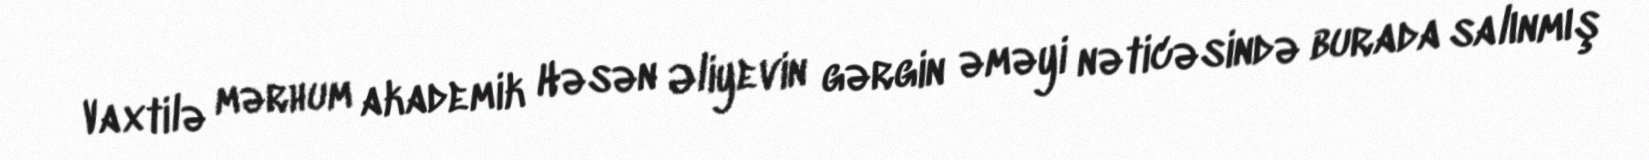
Vaxtilə mərhum akademik Həsən Əliyevin gərgin əməyi nəticəsində burada salınmış